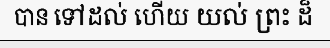
បាន ទៅដល់ ហើយ យល់ ព្រះ ដ៏